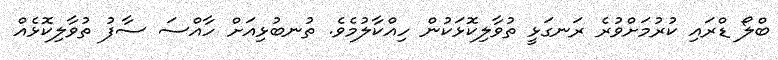
ބްލޯ ޑްރައި ކުރުމަށްވުރެ ރަނގަޅީ ތުވާލިކޮޅަކުން ހިއްކާލުމެވެ. ތުނބުޅިއަށް ހާއްސަ ސާފު ތުވާލިކޮޅެއް